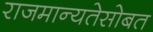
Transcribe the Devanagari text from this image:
राजमान्यतेसोबत